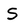
Character: S